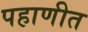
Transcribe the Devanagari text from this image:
पहाणीत